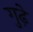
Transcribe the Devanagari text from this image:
गुढ़े